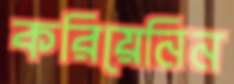
করিয়েনিন